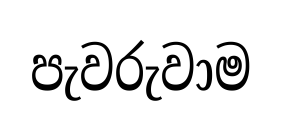
පැවරුවාම